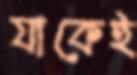
যাকেই